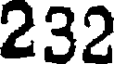
232